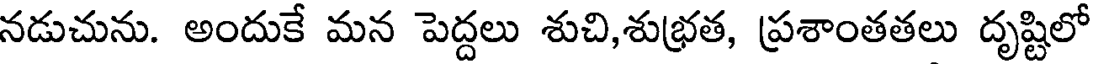
నడుచును. అందుకే మన పెద్దలు శుచి,శుభ్రత, ప్రశాంతతలు దృష్టిలో